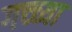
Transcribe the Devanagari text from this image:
गच्च्या